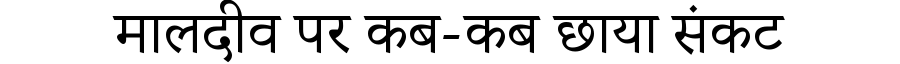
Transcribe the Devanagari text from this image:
मालदीव पर कब-कब छाया संकट